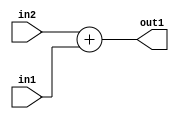
`timescale 1ps / 1ps
/*****************************************************************************
    Verilog RTL Description
    
    
    Created by: Stratus DpOpt 2019.1.01 
*******************************************************************************/

module st_weight_addr_gen_Add_16Ux1U_16U_4_8 (
	in2,
	in1,
	out1
	); /* architecture "behavioural" */ 
input [15:0] in2;
input  in1;
output [15:0] out1;
wire [15:0] asc001;

assign asc001 = 
	+(in2)
	+(in1);

assign out1 = asc001;
endmodule

/* CADENCE  ubLyQgA= : u9/ySgnWtBlWxVPRXgAZ4Og= ** DO NOT EDIT THIS LINE ******/